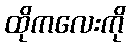
ထိုကလေးကို